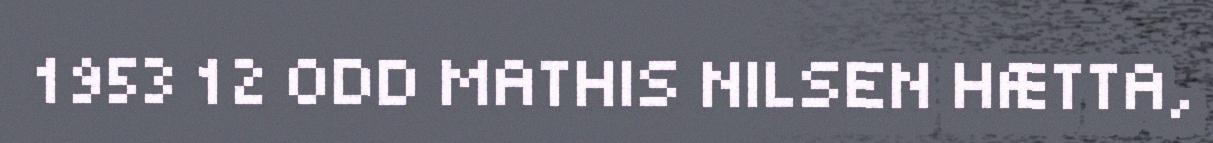
1953 12 ODD MATHIS NILSEN HÆTTA,